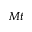
M t